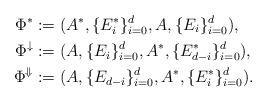
LaTeX: \begin{align*}\Phi^{*} &:= (A^*, \{E^*_i\}_{i=0}^d, A, \{E_i\}_{i=0}^d), \\\Phi^{\downarrow} &:= (A, \{E_i\}_{i=0}^d, A^*, \{E^*_{d-i}\}_{i=0}^d),\\\Phi^{\Downarrow} &:= (A, \{E_{d-i}\}_{i=0}^d, A^*, \{E^*_{i}\}_{i=0}^d).\end{align*}